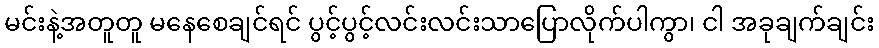
မင်းနဲ့အတူတူ မနေစေချင်ရင် ပွင့်ပွင့်လင်းလင်းသာပြောလိုက်ပါကွာ၊ ငါ အခုချက်ချင်း